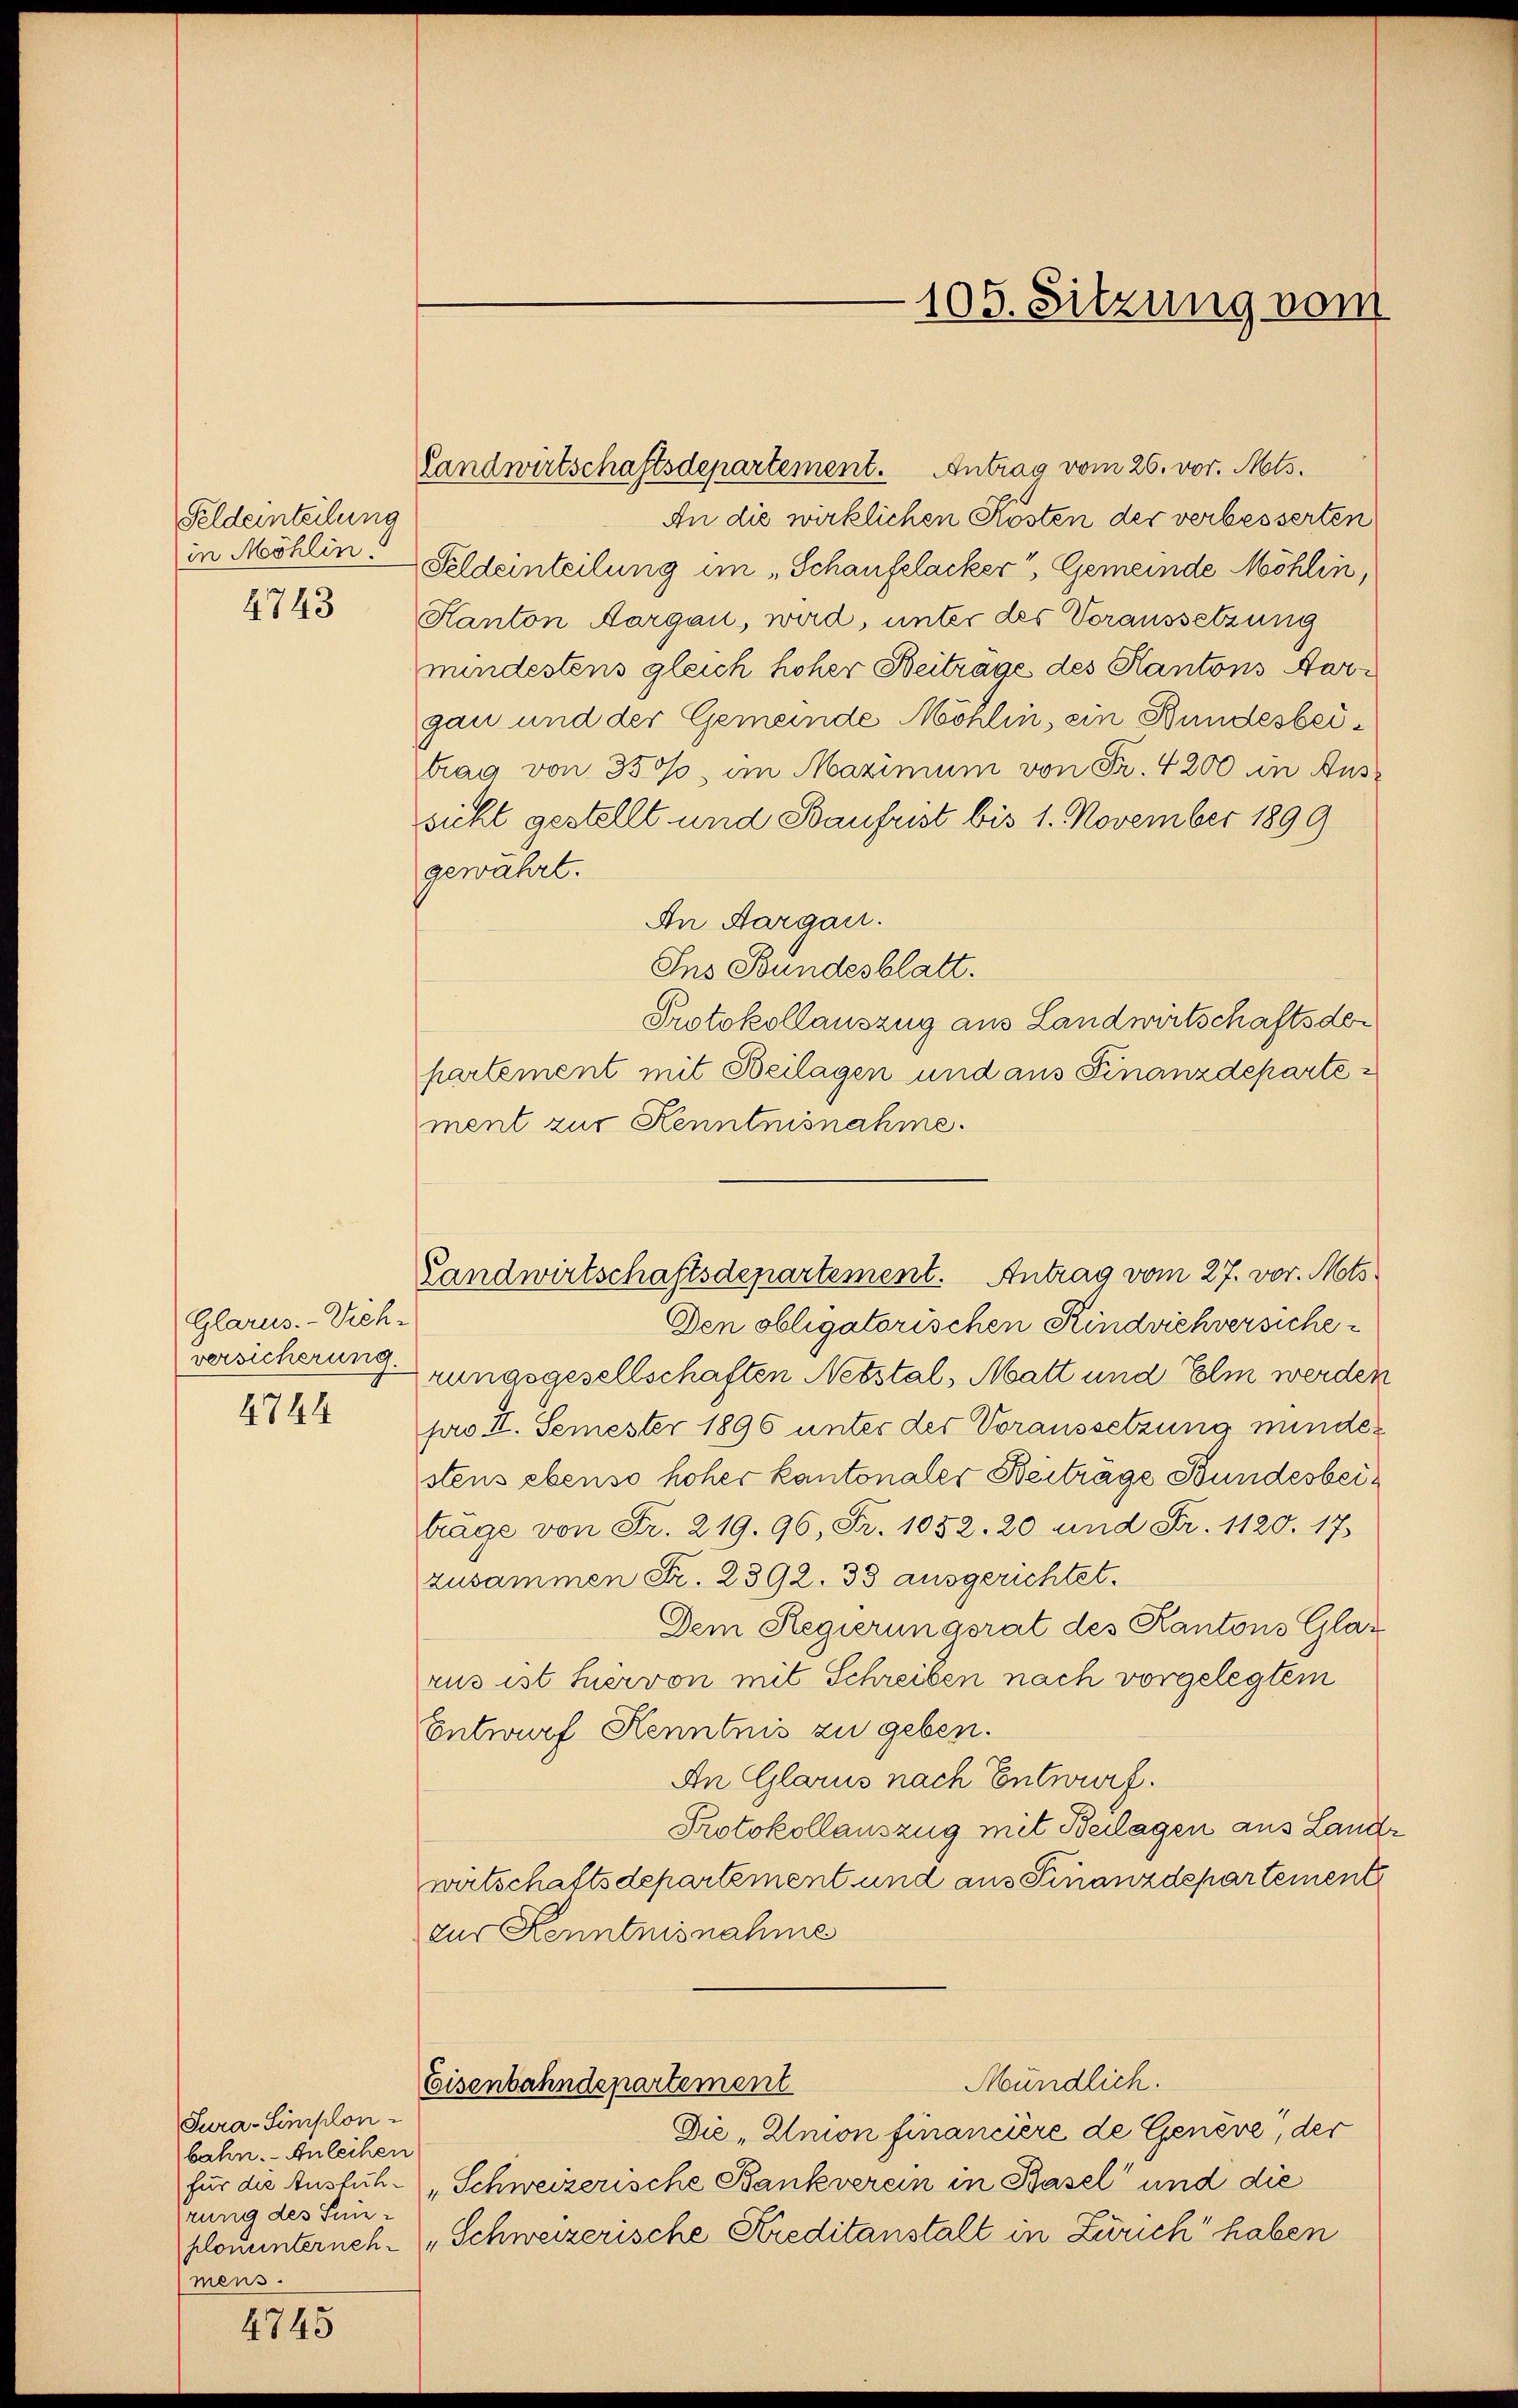
Feldernteilung
in Möhlin
4743

Glarus.-Vieh-
versicherung.
4744

Tura-Simplon-
bahn. - Anleihen
für die Ausführung des Sei-
plonunternehmens.

4745

Landwirtschaftsdepartement. Antrag vom 27. vor. Mts.

Landwirtschaftsdepartement. Antrag vom 26. vor. Mts.
An die wirklichen Kosten der verbesserten
Seldeinteilung im „Schaufelacker, Gemeinde Möhlin,
Kanton Aargau, wird, unter des Voraussetzung
mindestens gleich hoher Beitrage des Kantons Aargau und der Gemeinde Möhlin, ein Bundesbeitrag von 3500, am Maximum von Fr. 4200 an Aussicht gestellt und Baufrist bis 1. November 1899
gewahrt.
An Aargau.
Ins Bundesblatt.
Protokollauszug aus Landwirtschaftsdepartement mit Beilagen und aus Finanzdeparte
ment zur Kenntnisnahme.
Den obligatorischen Rindviehversicherungsgesellschaften Netstal, Matt und Elm werden
pro II. Semester 1896 unter der Voraussetzung mindestens ebenso hoher kantonaler Beitrage Bundesbeitrage von Fr. 219. 96, Fr. 1052. 20 und Fr. 1120. 17.
zusammen Fr. 2392. 33 ausgerichtet.
Dem Regierungsrat des Kantons Glarus
rus ist fuervon mit Schreiben nach vorgelegtem
Entwurf Kenntnis zu geben.
An Glarus nach Entwurf.
Protokollauszug mit Beilagen aus Land
wirtschaftsdepartement und aus Finanzdepartement
zur Kenntnisnahme
Mündlich.
Eisenbahndepartement
Die „Amon financiere de Geneve, der
"Schweizerische Bankverein in Basel und die
„Schweizerische Kreditanstalt in Zürich haben

105. Sitzung vom